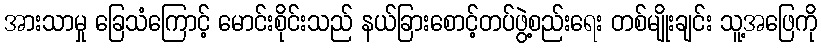
အားသာမှု ခြေသံကြောင့် မောင်းစိုင်းသည် နယ်ခြားစောင့်တပ်ဖွဲ့စည်းရေး တစ်မျိုးချင်း သူ့အဖြေကို